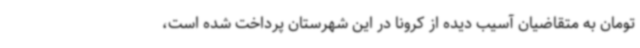
تومان به متقاضیان آسیب دیده از کرونا در این شهرستان پرداخت شده است،